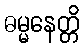
ဓမ္မနေတ္တိ